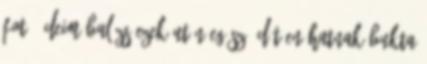
fotó: Deim Balázs Ezek után egész üdítően hatnak Bukta